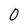
Character: 0